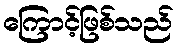
ကြောင့်ဖြစ်သည်